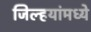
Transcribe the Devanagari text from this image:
जिल्हयांमध्ये